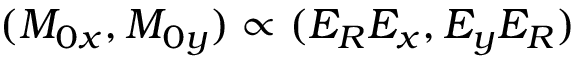
( M _ { 0 x } , M _ { 0 y } ) \propto ( E _ { R } E _ { x } , E _ { y } E _ { R } )